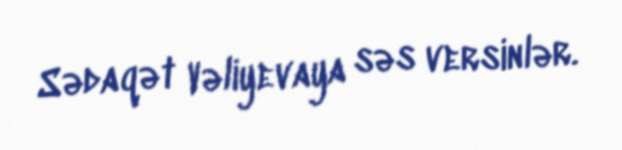
Sədaqət Vəliyevaya səs versinlər.